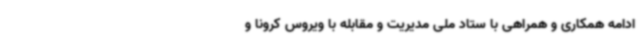
ادامه همکاری و همراهی با ستاد ملی مدیریت و مقابله با ویروس کرونا و